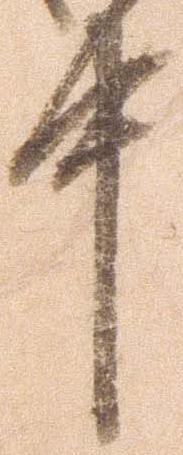
中